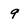
Character: 9